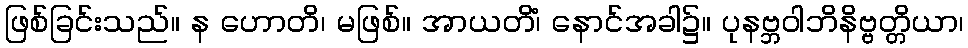
ဖြစ်ခြင်းသည်။ န ဟောတိ၊ မဖြစ်။ အာယတိံ၊ နောင်အခါ၌။ ပုနဗ္ဘဝါဘိနိဗ္ဗတ္တိယာ၊